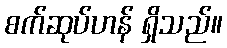
စက်ဆုပ်ဟန် ရှိသည်။